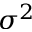
\sigma ^ { 2 }